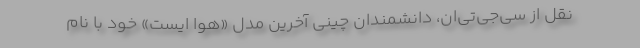
نقل از سی‌جی‌تی‌ان، دانشمندان چینی آخرین مدل «هوا ایست» خود با نام